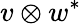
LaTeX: v\otimes w^{*}